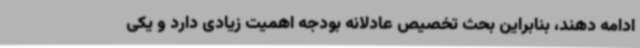
ادامه دهند، بنابراین بحث تخصیص عادلانه بودجه اهمیت زیادی دارد و یکی